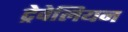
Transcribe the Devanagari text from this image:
ट्रेवेलियन